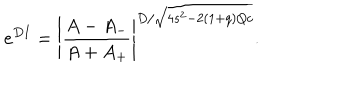
e ^ { D I } = \left| \frac { A - A _ { - } } { A + A _ { + } } \right| ^ { D / \sqrt { 4 s ^ { 2 } - 2 ( 1 + q ) Q c } } .